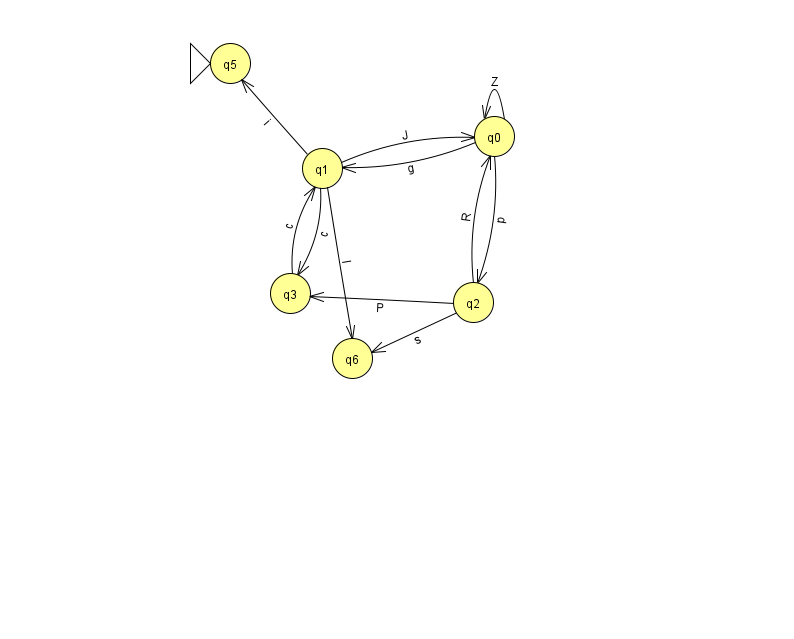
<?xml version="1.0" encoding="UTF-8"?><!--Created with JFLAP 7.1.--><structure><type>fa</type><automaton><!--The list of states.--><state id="0" name="q0"><x>494.0</x><y>123.0</y></state><state id="1" name="q1"><x>322.0</x><y>155.0</y></state><state id="2" name="q2"><x>473.0</x><y>289.0</y></state><state id="3" name="q3"><x>290.0</x><y>280.0</y></state><state id="5" name="q5"><x>230.0</x><y>50.0</y><initial/></state><state id="6" name="q6"><x>352.0</x><y>345.0</y></state><!--The list of transitions.--><transition><from>1</from><to>0</to><read>J</read></transition><transition><from>1</from><to>6</to><read>l</read></transition><transition><from>0</from><to>2</to><read>p</read></transition><transition><from>0</from><to>0</to><read>Z</read></transition><transition><from>0</from><to>1</to><read>g</read></transition><transition><from>2</from><to>3</to><read>P</read></transition><transition><from>2</from><to>0</to><read>R</read></transition><transition><from>2</from><to>6</to><read>s</read></transition><transition><from>1</from><to>3</to><read>c</read></transition><transition><from>3</from><to>1</to><read>c</read></transition><transition><from>1</from><to>5</to><read>i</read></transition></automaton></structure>